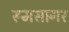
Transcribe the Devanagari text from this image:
रूमसागर